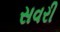
સવરી